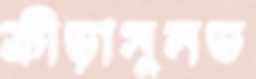
ক্রীড়াসুলভ